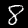
Digit: 8